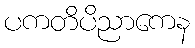
ပကတိပိညာကေန